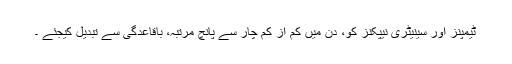
ٹیمپنز اور سینیٹری نیپکنز کو، دِن میں کم از کم چار سے پانچ مرتبہ، باقاعدگی سے تبدیل کیجئے ۔